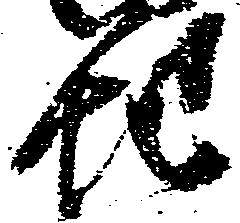
地